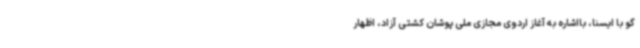
گو با ایسنا، بااشاره به آغاز اردوی مجازی ملی پوشان کشتی آزاد، اظهار